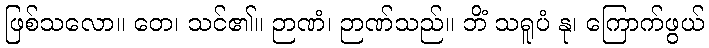
ဖြစ်သလော။ တေ၊ သင်၏။ ဉာဏံ၊ ဉာဏ်သည်။ ဘိံ သရူပံ နု၊ ကြောက်ဖွယ်